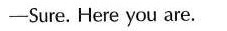
——Sure. Here you are.